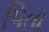
પિતા